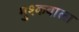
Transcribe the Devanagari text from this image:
मुश्कवाला